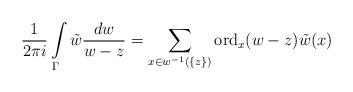
LaTeX: \begin{align*}\frac{1}{2\pi i}\int\limits_{\Gamma}\tilde{w}\frac{dw}{w-z}=\sum_{x\in w^{-1}(\{z\})}{\rm ord}_x(w-z)\tilde{w}(x)\end{align*}